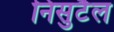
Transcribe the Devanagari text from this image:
निसुटैल